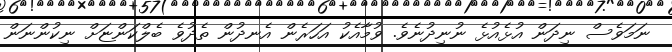
ނަމަވެސް ނިދަން އުޅެއުޅެ ނުނިދުނެވެ. ވުމާއެކު އަހަރެން އެނދުން ތެދުވެ ބެލްކަންޏަށް ނިކުންނަން